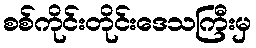
စစ်ကိုင်းတိုင်းဒေသကြီးမှ